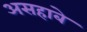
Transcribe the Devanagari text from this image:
असहाबे